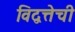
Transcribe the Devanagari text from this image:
विद्वत्तेची